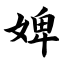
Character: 婢